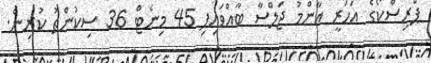
ޕްރިސްކޯގެ އަހަރީ އާންމު ޖަލްސާ ބާއްވައިފި 45 މިނެޓް 36 ސިކުންތު ކުރިން.